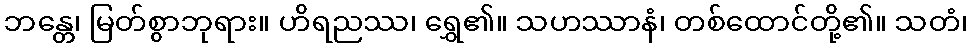
ဘန္တေ၊ မြတ်စွာဘုရား။ ဟိရညဿ၊ ရွှေ၏။ သဟဿာနံ၊ တစ်ထောင်တို့၏။ သတံ၊